Cholera in southern India
Disease focus: Cholera
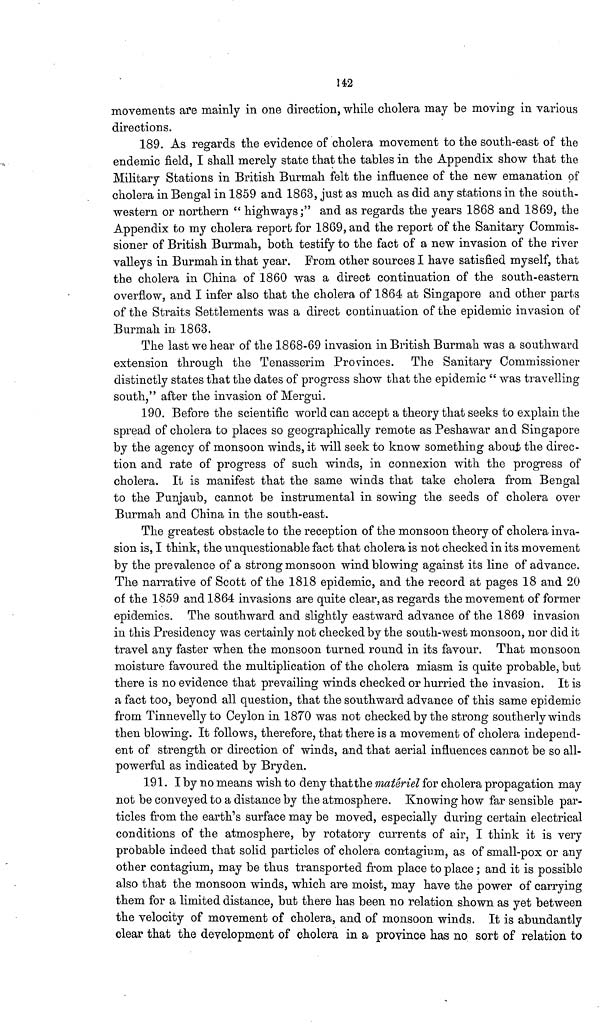
142
movements are mainly in one direction, while cholera may be moving in various
directions.
189. As regards the evidence of cholera movement to the south-east of the
endemic field, I shall merely state that the tables in the Appendix show that the
Military Stations in British Burmah felt the influence of the new emanation of
cholera in Bengal in 1859 and 1863, just as much as did any stations in the south-
western or northern " highways;" and as regards the years 1868 and 1869, the
Appendix to my cholera report for 1869, and the report of the Sanitary Commis-
sioner of British Burmah, both testify to the fact of a new invasion of the river
valleys in Burmah in that year. From other sources I have satisfied myself, that
the cholera in China of 1860 was a direct continuation of the south-eastern
overflow, and I infer also that the cholera of 1864 at Singapore and other parts
of the Straits Settlements was a direct contimiation of the epidemic invasion of
Burmah in 1863.
The last we hear of the 1868-69 invasion m British Burmah was a southward
extension through the Tenasserim Provinces. The Sanitary Commissioner
distinctly states that the dates of progress show that the epidemic " was travelling
south," after the invasion of Mergui.
190. Before the scientific world can accept a theory that seeks to explain the
spread of cholera to places so geographically remote as Peshawar and Singapore
by the agency of monsoon winds, it will seek to know something about the direc-
tion and rate of progress of such winds, in connexion with the progress of
cholera. It is manifest that the same winds that take cholera from Bengal
to the Punjaub, cannot be instrumental in sowing the seeds of cholera over
Burmah and China in the south-east.
The greatest obstacle to the reception of the monsoon theory of cholera inva-
sion is, I think, the unquestionable fact that cholera is not checked in its movement
by the prevalence of a strong monsoon wind blowing against its line of advance.
The narrative of Scott of the 1818 epidemic, and the record at pages 18 and 20
of the 1859 and 1864 invasions are quite clear, as regards the movement of former
epidemics. The southward and slightly eastward advance of the 1869 invasion
in this Presidency was certainly not checked by the south-west monsoon, nor did it
travel any faster when the monsoon turned round in its favour. That monsoon
moisture favoured the multiplication of the cholera miasm is quite probable, but
there is no evidence that prevailing winds checked or hurried the invasion. It is
a fact too, beyond all question, that the southward advance of this same epidemic
from Tinnevelly to Ceylon in 1870 was not checked by the strong southerly winds
then blowing. It follows, therefore, that there is a movement of cholera independ-
ent of strength or direction of winds, and that aerial influences cannot be so all-
powerful as indicated by Bryden.
191. I by no means wish to deny that the materiel for cholera propagation may
not be conveyed to a distance by the atmosphere. Knowing how far sensible par-
ticles from the earth's surface may be moved, especially during certain electrical
conditions of the atmosphere, by rotatory currents of air, I think it is very
probable indeed that solid particles of cholera contagium, as of small-pox or any
other contagium, may be thus transported from place to place ; and it is possible
also that the monsoon winds, which are moist, may have the power of carrying
them for a limited distance, but there has been no relation shown as yet between
the velocity of movement of cholera, and of monsoon winds. It is abundantly
clear that the development of cholera in a province has no sort of relation to